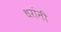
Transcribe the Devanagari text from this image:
धरांनी